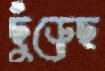
ছুঁড়েছ